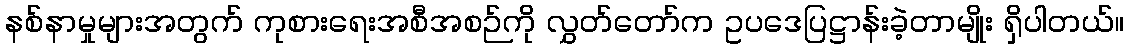
နစ်နာမှုများအတွက် ကုစားရေးအစီအစဉ်ကို လွှတ်တော်က ဥပဒေပြဋ္ဌာန်းခဲ့တာမျိုး ရှိပါတယ်။